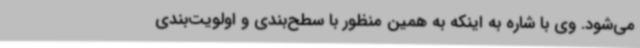
می‌شود. وی با شاره به اینکه به همین منظور با سطح‌بندی و اولویت‌بندی